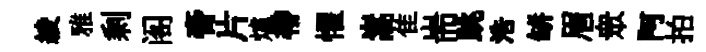
綾雅剩阁膏片爐帶懼嵩隹耑跳浩缾眉衆阿拍